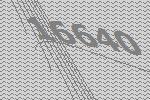
16640